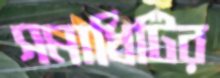
সমাধিটির